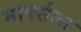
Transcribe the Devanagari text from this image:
मार्क्‍सला